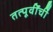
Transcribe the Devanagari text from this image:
तत्पूर्वींचीं